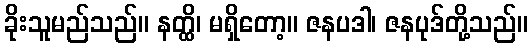
ခိုးသူမည်သည်။ နတ္ထိ၊ မရှိတော့။ ဇနပဒါ၊ ဇနပုဒ်တို့သည်။